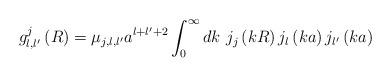
LaTeX: \begin{align*}g_{l,l^{\prime}}^{j}\left( R\right) =\mu_{j,l,l^{\prime}}a^{l+l^{\prime}+2}\int_{0}^{\infty}dk\ j_{j}\left( kR\right) j_{l}\left( ka\right)j_{l^{\prime}}\left( ka\right) \end{align*}